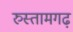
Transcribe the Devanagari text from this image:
रुस्तामगढ़